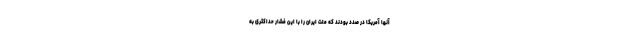
آنها آمریکا در صدد بودند که ملّت ایران را با این فشار حدّاکثری به